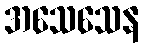
အသေသေန